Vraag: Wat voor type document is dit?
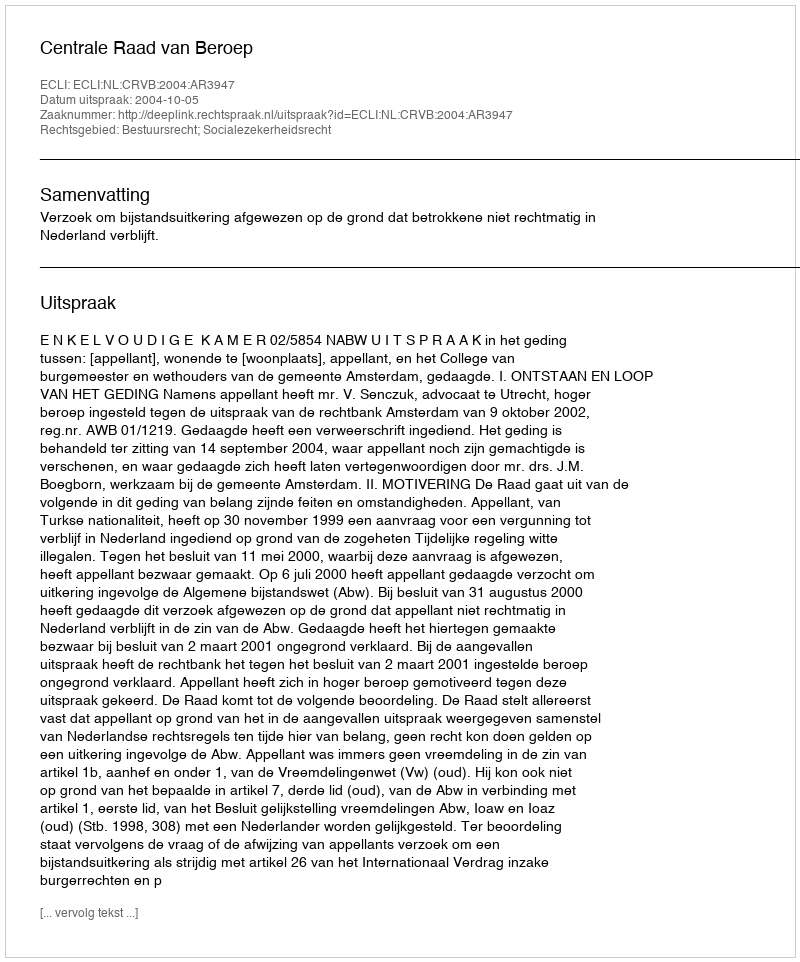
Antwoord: Uitspraak